Indian journal of veterinary science and animal husbandry - Volume 5,
Year: 1935
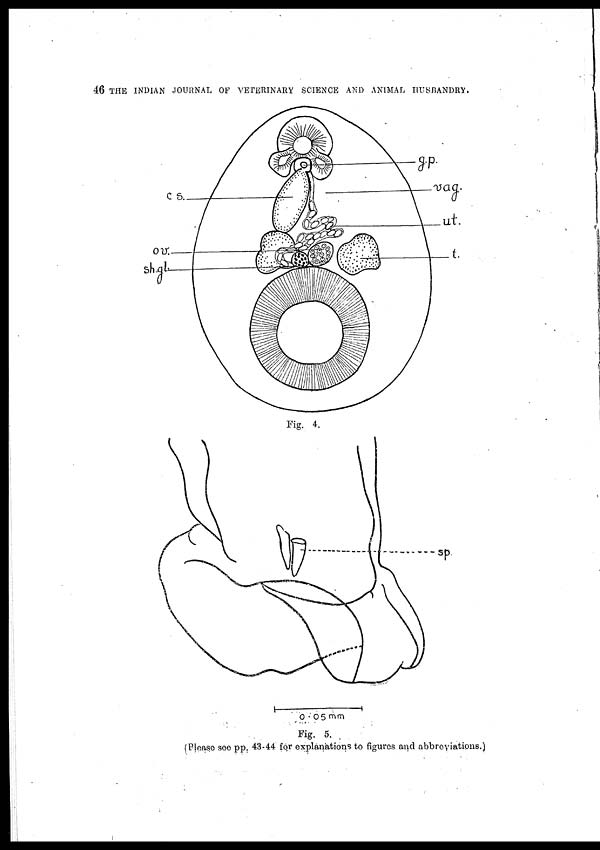
46 THE INDIAN JOURNAL OF VETERINARY SCIENCE AND ANIMAL HUSBANDRY.
Fig. 4.
Fig. 5.
(Please see pp 43-44 for explanations to figures and abbreviations.)